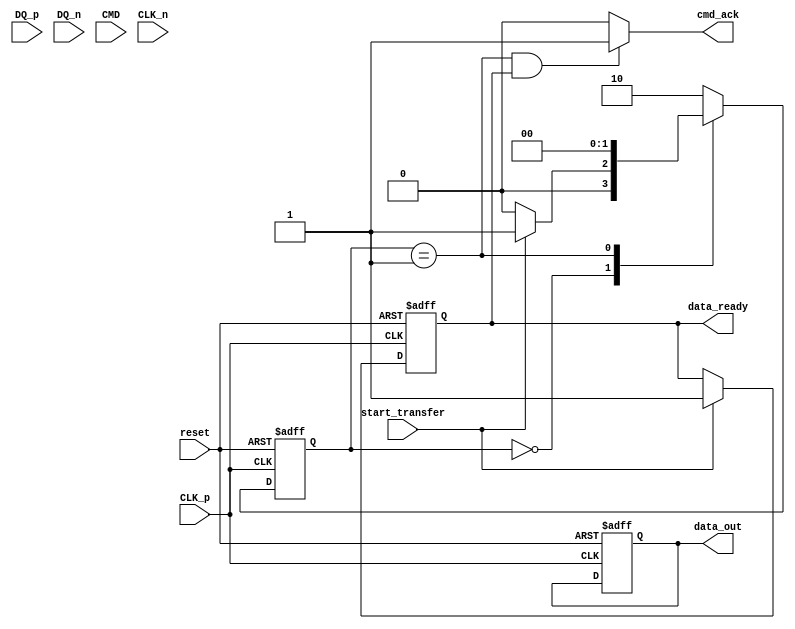
module UFS_IO_Block (
    // Differential Data Lines
    input  wire [DQ_WIDTH-1:0] DQ_p,  // Positive differential data lines
    input  wire [DQ_WIDTH-1:0] DQ_n,  // Negative differential data lines
    // Command Line
    input  wire CMD,                  // Command line
    // Clock Line
    input  wire CLK_p,                // Positive clock line
    input  wire CLK_n,                // Negative clock line
    // Control signals
    input  wire reset,                // Reset signal
    input  wire start_transfer,        // Start data transfer signal
    output wire data_ready,            // Data ready signal
    output wire [DATA_WIDTH-1:0] data_out,  // Output data
    output wire cmd_ack                // Command acknowledgment signal
);

// Parameter definitions
parameter DQ_WIDTH = 4;               // Number of data lines (e.g., DQ0 to DQ3)
parameter DATA_WIDTH = 32;             // Width of data bus
parameter STATE_IDLE = 2'b00;          // Idle state
parameter STATE_TRANSFER = 2'b01;      // Data transfer state
parameter STATE_ERROR = 2'b10;         // Error state

// Internal signals
reg [DATA_WIDTH-1:0] data_in;          // Input data
reg [1:0] state;                        // Current state
reg [1:0] next_state;                   // Next state

// SerDes logic (placeholder for actual implementation)
always @(posedge CLK_p or negedge reset) begin
    if (!reset) begin
        data_in <= 0;
        data_ready <= 0;
    end else if (start_transfer) begin
        // Serialize input data and send over DQ lines
        data_ready <= 1;  // Indicate data is ready after serializing
    end
end

// State machine for control logic
always @(posedge CLK_p or negedge reset) begin
    if (!reset) begin
        state <= STATE_IDLE;
    end else begin
        state <= next_state;
    end
end

always @* begin
    case (state)
        STATE_IDLE: begin
            if (start_transfer) begin
                next_state = STATE_TRANSFER;
            end else begin
                next_state = STATE_IDLE;
            end
        end
        STATE_TRANSFER: begin
            // Implement data transfer logic
            // After transfer, move back to IDLE
            next_state = STATE_IDLE;  // Simplified for example
        end
        default: begin
            next_state = STATE_ERROR; // Handle error state
        end
    endcase
end

// Command acknowledgment
assign cmd_ack = (state == STATE_TRANSFER && data_ready) ? 1 : 0;

// Output data (Example: Just passing data_in to data_out)
assign data_out = data_in;

endmodule